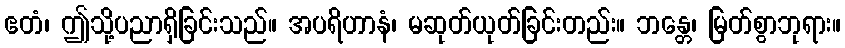
ဧတံ၊ ဤသို့ပညာရှိခြင်းသည်။ အပရိဟာနံ၊ မဆုတ်ယုတ်ခြင်းတည်း။ ဘန္တေ၊ မြတ်စွာဘုရား။